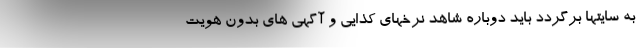
به سایتها برگردد باید دوباره شاهد نرخهای کذایی و آگهی های بدون هویت